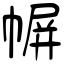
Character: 幈